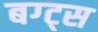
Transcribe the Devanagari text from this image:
बग्ट्स